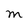
Character: M